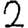
Digit: 2